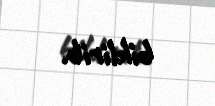
bildirib.